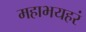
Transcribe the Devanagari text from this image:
महाभयहरं